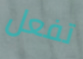
تفعل